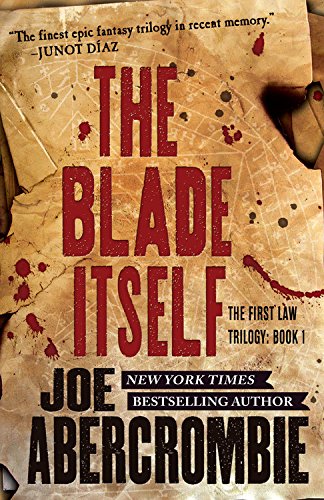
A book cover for The Blade Itself (The First Law); Joe Abercrombie; Science Fiction & Fantasy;